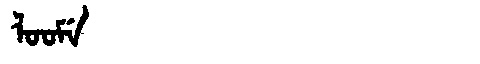
Manchu: ᠯᠣᠣᠮᡝ
Romanization: LOOME